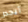
أيجدر